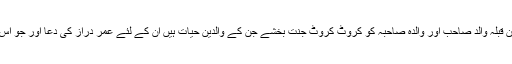
اللہ تعالی گجرانوالہ کے بڑے قبرستان میں مدفون قبلہ والد صاحب اور والدہ صاحبہ کو کروٹ کروٹ جنت بخشے جن کے والدین حیات ہیں ان کے لئے عمر دراز کی دعا اور جو اس دنیا میں نہیں ہیں اللہ ان کی مغفرت کرے آمین۔